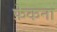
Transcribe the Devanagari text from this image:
फ़ेकना